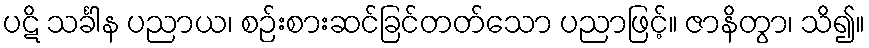
ပဋိ သင်္ခါန ပညာယ၊ စဉ်းစားဆင်ခြင်တတ်သော ပညာဖြင့်။ ဇာနိတွာ၊ သိ၍။